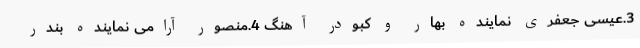
3.عیسی جعفری نماینده بهار و کبودر آهنگ 4.منصور آرامی نماینده بندر